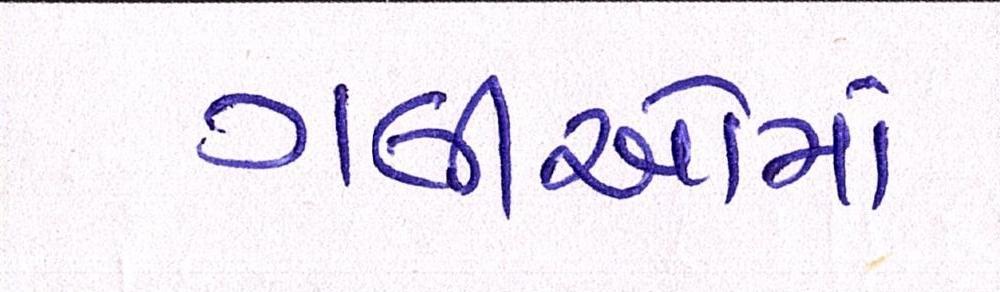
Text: ગલીઓમાં